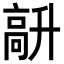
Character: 𩫆